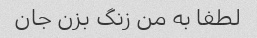
لطفا به من زنگ بزن جان